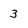
Character: 3